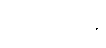
ပဋိသာမေ